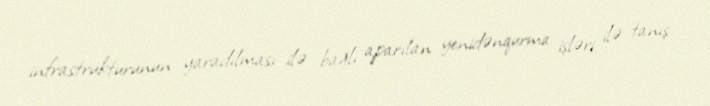
infrastrukturunun yaradılması ilə bağlı aparılan yenidənqurma işləri ilə tanış